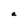
Character: a